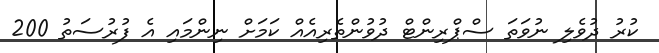
ކުރު ދުވެލި ނުވަތަ ސްޕްރިންޓް ދުވުންތެރިއެއް ކަމަށް ނިންމައި އެ ފުރުސަތު 200